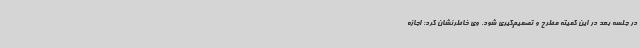
در جلسه بعد در این کمیته مطرح و تصمیم‌گیری شود. وی خاطرنشان کرد: اجازه